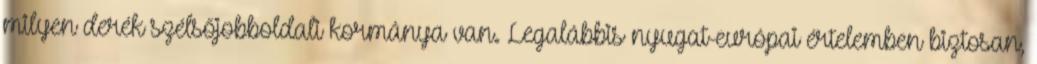
milyen derék szélsőjobboldali kormánya van. Legalábbis nyugat-európai értelemben biztosan,